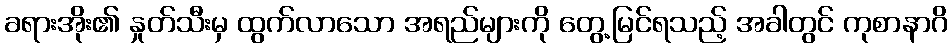
ခရားအိုး၏ နှုတ်သီးမှ ထွက်လာသော အရည်များကို တွေ့မြင်ရသည့် အခါတွင် ကုစာနာဂိ